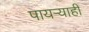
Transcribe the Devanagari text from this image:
पायऱ्याही